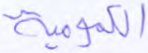
الكمومية